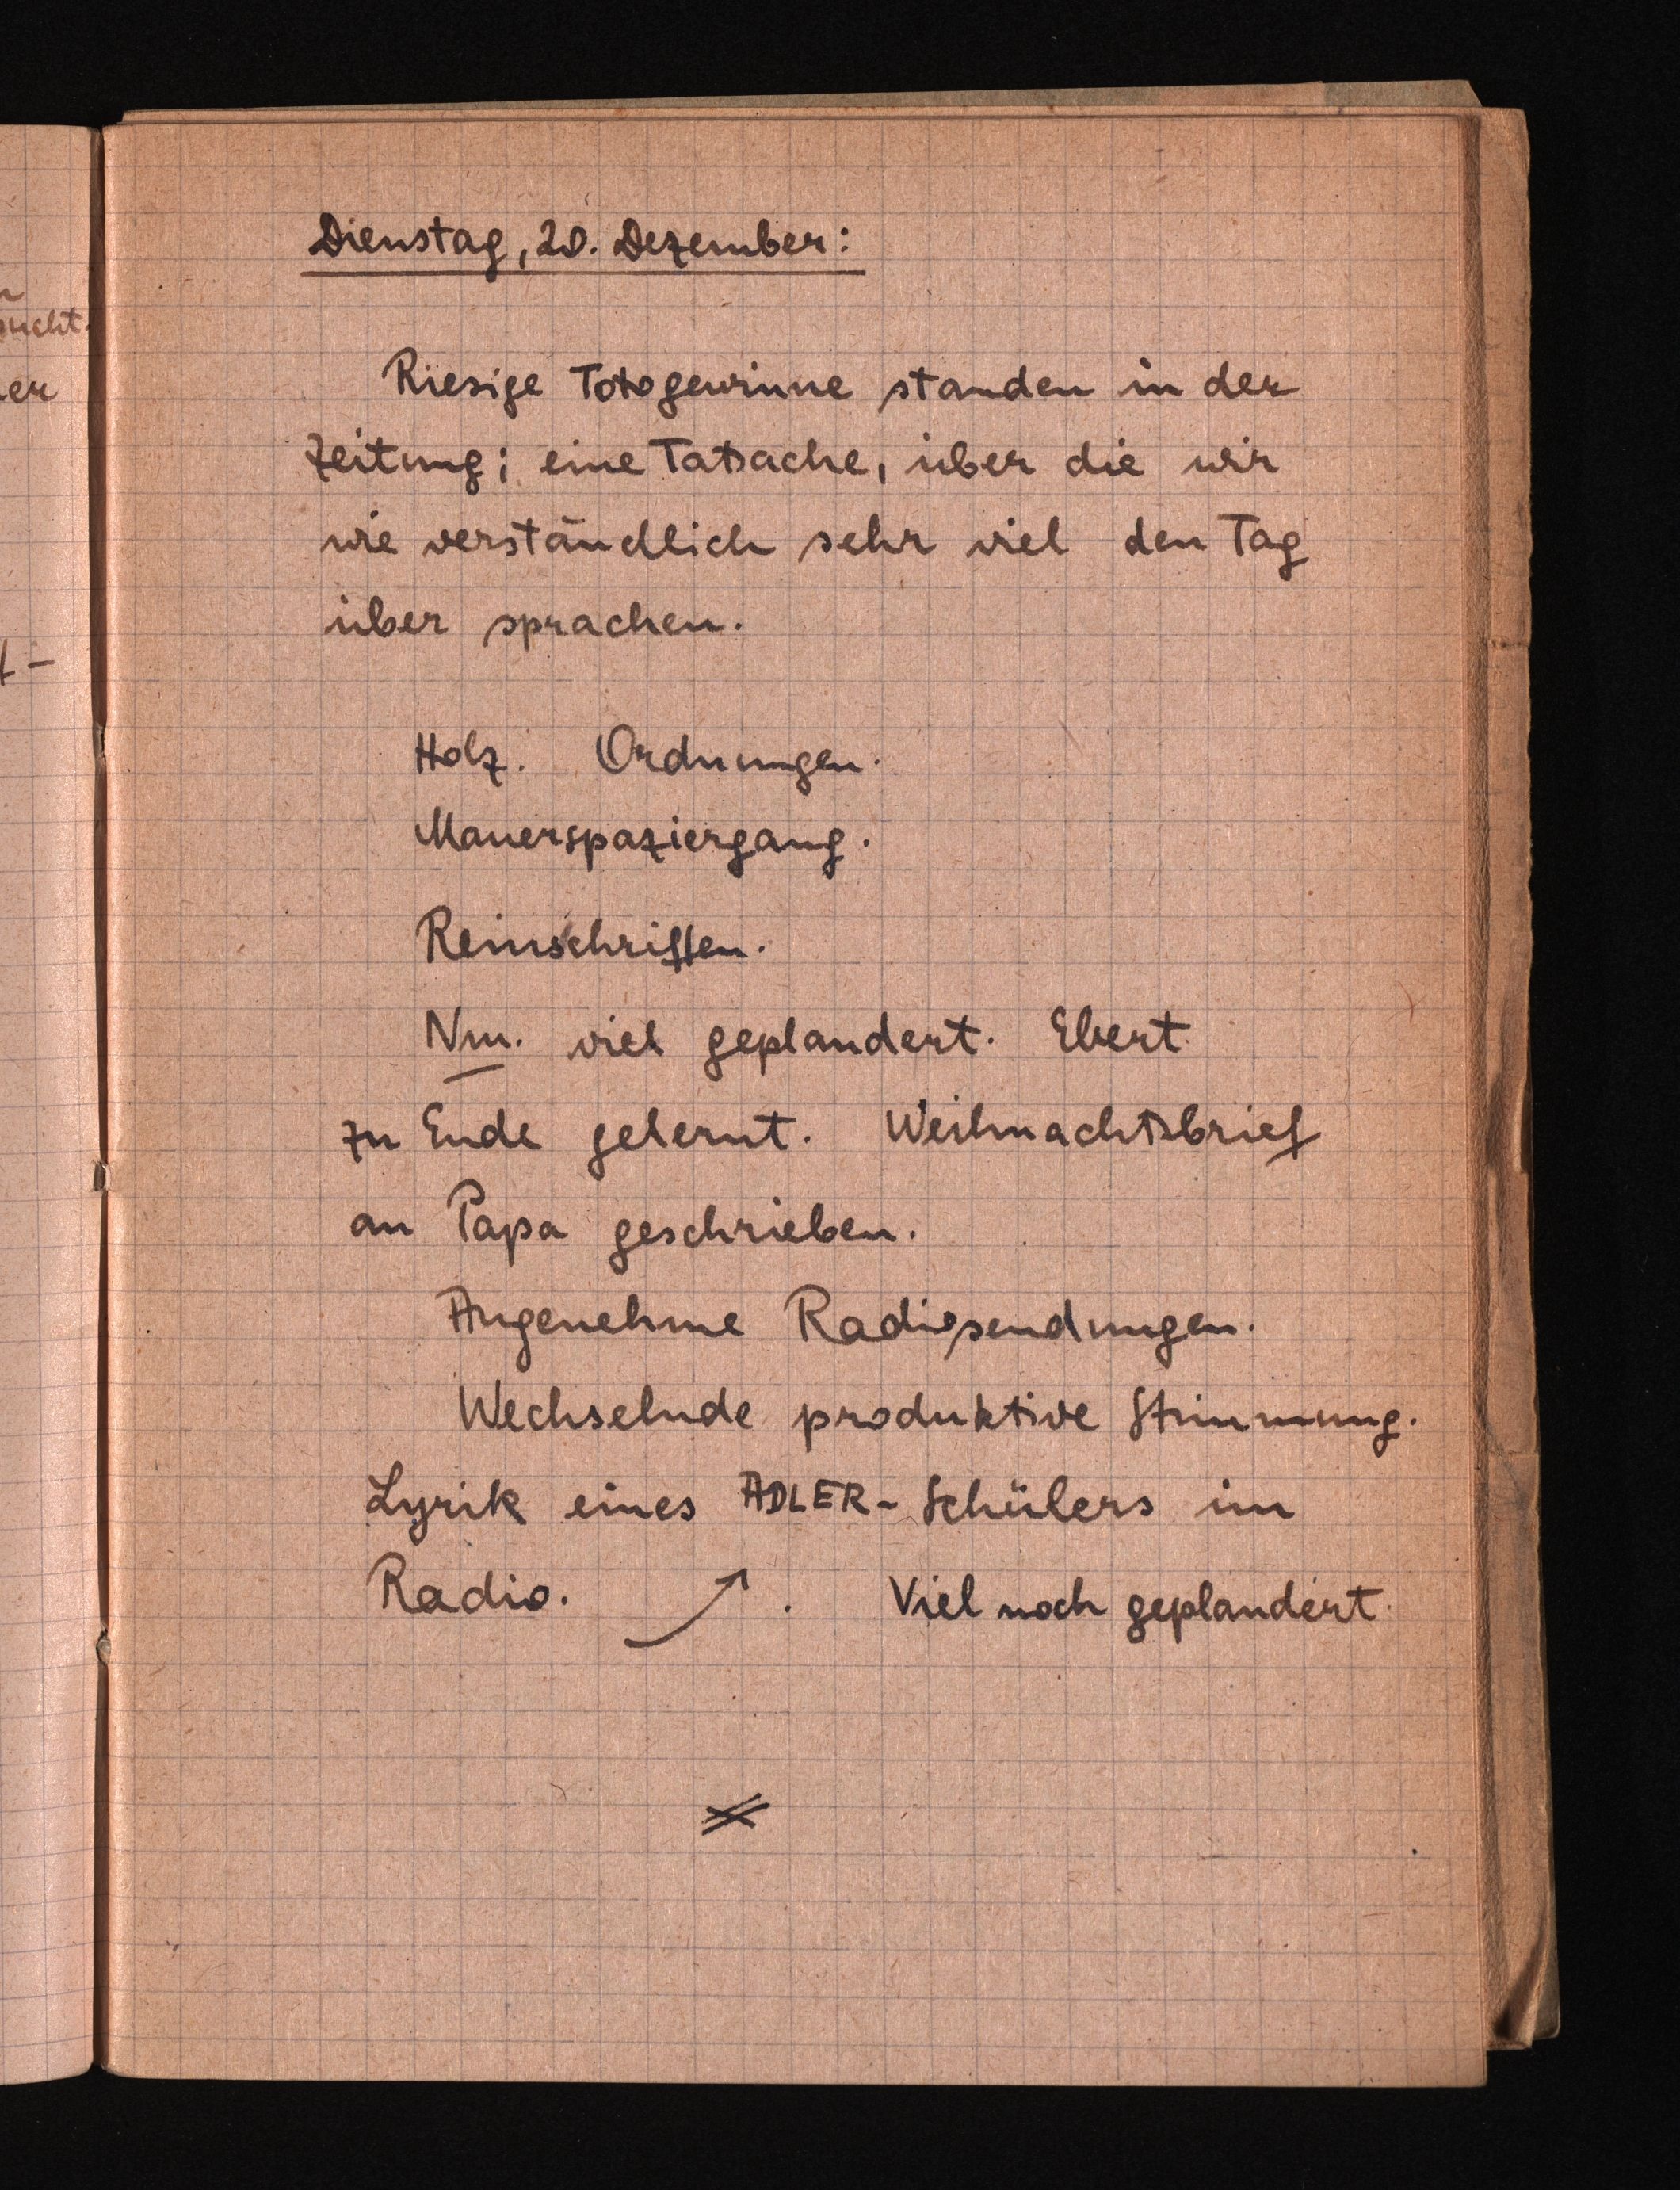
Dienstag, 20. Dezember:
Riesige Totogenrnne standen in der
Zeitung! eine Tatsache, über die wir
wie verständlich sehr viel den Tag
über sprachen.
Holz. Ordnungen.
Mauerspaziergang.
Reinschriften.
Nm. viel gepländert. Ebert.
zu Ende gelernt. Weihnachtsbrief
an Tapa geschrieben.
Angenehme Radiosendungen.
Wechselnde produktive Stimmung.
Lyrik eines ABLER-Schülers im
Radio.. Viel noch geplandert.